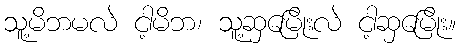
သူ့မိဘမလဲ ငါ့မိဘ၊ သူ့ဆှမြေိုးလဲ ငါ့ဆှမြေိုး။